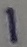
Text: 1